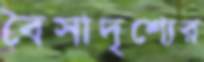
বৈসাদৃশ্যের